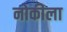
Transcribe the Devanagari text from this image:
नोकीला